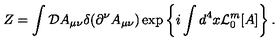
Z = \int { \cal D } A _ { \mu \nu } \delta ( \partial ^ { \nu } A _ { \mu \nu } ) \exp \left\{ i \int d ^ { 4 } x { \cal L } _ { 0 } ^ { m } { } [ A ] \right\} .